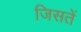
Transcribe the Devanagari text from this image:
जिसतें